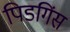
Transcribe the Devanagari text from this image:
पिडगिंस